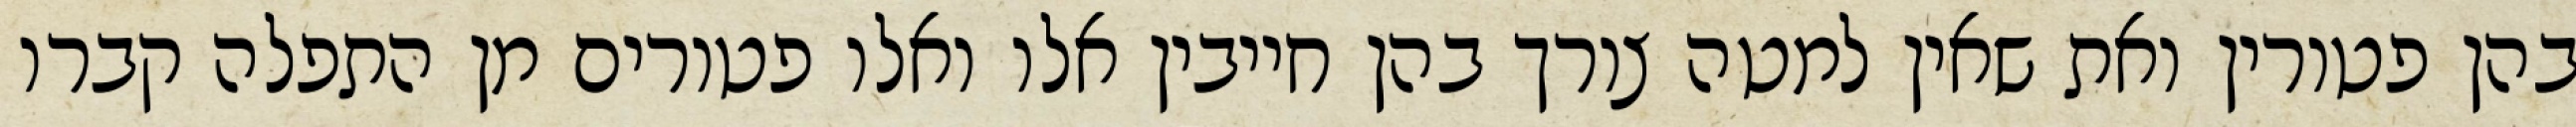
בהן פטורין ואת שאין למטה צורך בהן חייבין אלו ואלו פטורים מן התפלה קברו